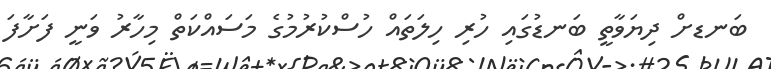
ބަނޑށް ދިޔަވާތީ ބަނޑުގައި ހުރި ހިލަތައް ހުސްކުރުމުގެ މަސައްކަތް މިހާރު ވަނީ ފަށާފަ